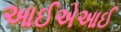
આઈએઆઈ